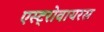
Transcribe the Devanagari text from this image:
एस्ट्रोवायरस